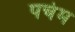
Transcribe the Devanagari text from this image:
पचंम